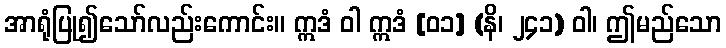
အာရုံပြု၍သော်လည်းကောင်း။ ဣဒံ ဝါ ဣဒံ [၀၁] (နိ၊ ၂၄၁) ဝါ၊ ဤမည်သော